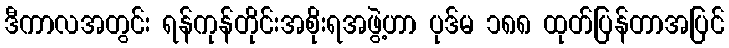
ဒီကာလအတွင်း ရန်ကုန်တိုင်းအစိုးရအဖွဲ့ဟာ ပုဒ်မ ၁၈၈ ထုတ်ပြန်တာအပြင်